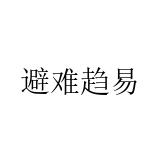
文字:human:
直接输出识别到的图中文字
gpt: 避难趋易